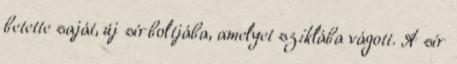
betette saját, új sírboltjába, amelyet sziklába vágott. A sír